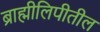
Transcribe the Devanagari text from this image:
ब्राह्मीलिपीतील